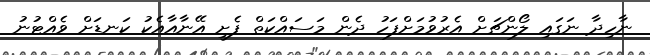
ނާހިދާ ނަގައި ލޯންޗަށް އެރުވުމަށްފަހު ދެން މަސައްކަތް ފެށީ އޭނާއާއެކު ކަނޑަށް ވެއްޓުނު